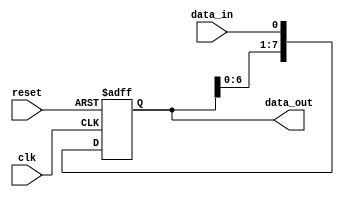
module serial_in_parallel_out (
    input clk,
    input reset,
    input data_in,
    output reg [7:0] data_out
);

reg [7:0] shift_register;

always @(posedge clk or posedge reset) begin
    if (reset)
        shift_register <= 8'b0;
    else
        shift_register <= {shift_register[6:0], data_in};
end

assign data_out = shift_register;

endmodule